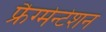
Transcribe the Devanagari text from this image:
फ्रैग्मेन्टेशन